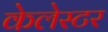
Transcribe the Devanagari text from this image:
केलेस्टर